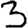
Digit: 3